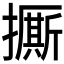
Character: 𱠾